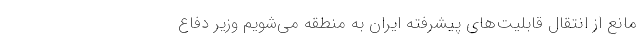
مانع از انتقال قابلیت‌های پیشرفته ایران به منطقه می‌شویم وزیر دفاع